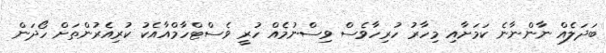
ބަދަލެއް ނާންނާނެ ކަމަށާއި މިހާރު ހުރިހާވެސް ވިސްނުމެއް ހުރީ ވެސްޓްހާމްއާއެކު ކުރިއެރުންތަށް ހޯދަން